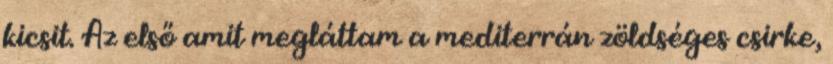
kicsit. Az első amit megláttam a mediterrán zöldséges csirke,